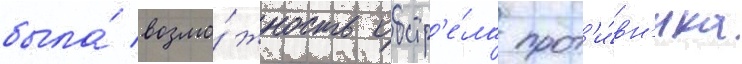
была́ возмо́жность обстр'е́ла прот'и́вн'ика